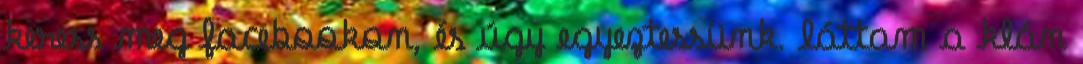
keress meg facebookon, és úgy egyeztessünk. láttam a klán